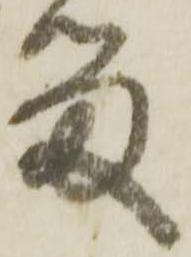
る